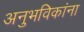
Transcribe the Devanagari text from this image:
अनुभविकांना